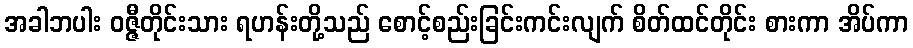
အခါဘပါး ဝဇ္ဇီတိုင်းသား ရဟန်းတို့သည် စောင့်စည်းခြင်းကင်းလျက် စိတ်ထင်တိုင်း စားကာ အိပ်ကာ